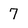
Character: 7